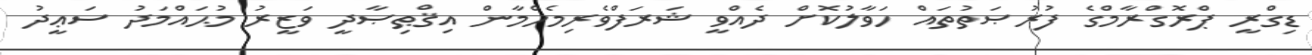
ޑިގްރީ ޕްރޮގްރާމްގެ ފުރުޞަތުތައް ހަވާލުކޮށް ދެއްވީ ޝަރަފްވެރިމެހްމާން އިޤްޠިޞާދީ ވަޒީރު މުޙައްމަދު ސަޢީދު